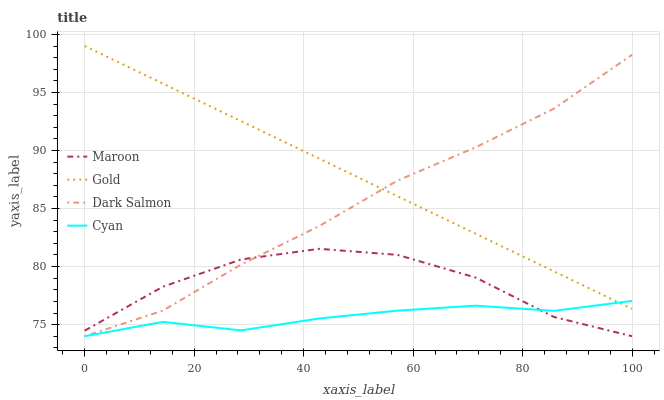
| xaxis_label | Maroon | Gold | Dark Salmon | Cyan |
 | --- | --- | --- | --- | --- |
 | 0 | 74.5 | 99 | 74 | 74 |
 | 14.3 | 78.3 | 95.8 | 76.2 | 75.2 |
 | 28.6 | 80.6 | 92.5 | 80.2 | 74.5 |
 | 42.9 | 81.5 | 89.3 | 83.5 | 75.5 |
 | 57.1 | 81 | 86.1 | 87.4 | 76.2 |
 | 71.4 | 79.1 | 82.8 | 90.3 | 76.6 |
 | 85.7 | 75.7 | 79.6 | 93.6 | 76.2 |
 | 100 | 74 | 76.4 | 98.3 | 77 |